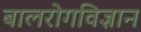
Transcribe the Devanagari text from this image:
बालरोगविज्ञान